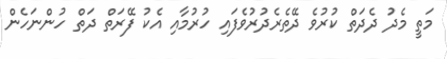
މަތީ މެދު ދެދަތް ކުރުވެ ދޭތެރެދުރުވެފައި ހުރުމާއި އެކު ފޭރަތް ދަތް ހުންނަހެން